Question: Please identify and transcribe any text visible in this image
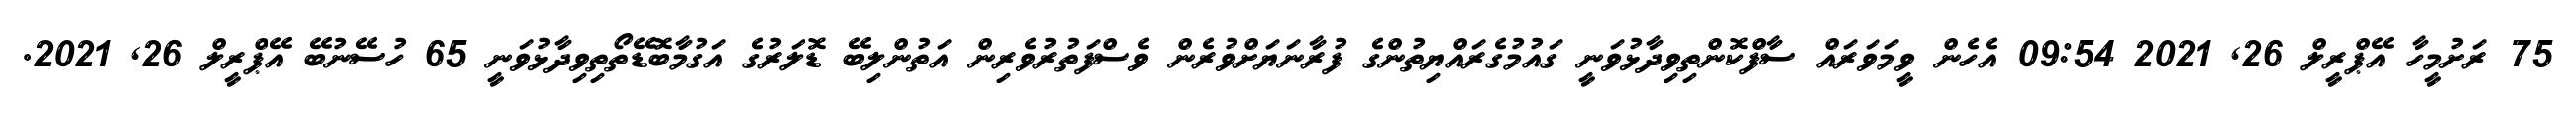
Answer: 75 ރަށުމީހާ އޭޕްރީލް 26, 2021 09:54 އެހެން ވީމަވަރައް ސާފްކޮންތިވިދާޅުވަނީ ގައުމުގެރައްޔިތުންގެ ފުރާނަޔަށްވުރެން ވެސްފަތުރުވެރިން އަތުންލިބޭ ޑޮލަރުގެ އަގުމާބޮޑޭތޯތިވިދާޅުވަނީ 65 ހުސޭނުބޭ އޭޕްރީލް 26, 2021.